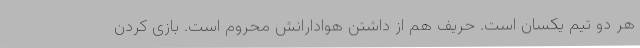
هر دو تیم یکسان است. حریف هم از داشتن هوادارانش محروم است. بازی کردن